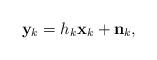
LaTeX: \begin{align*} {\bf y}_k = h_k {\bf x}_k + {\bf n}_k,\end{align*}